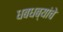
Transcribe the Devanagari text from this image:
धबधब्यांचे